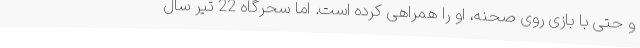
و حتی با بازی روی صحنه، او را همراهی کرده است. اما سحرگاه 22 تیر سال